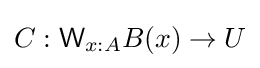
C:{\mathsf {W}}_{x:A}B(x)\to U